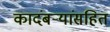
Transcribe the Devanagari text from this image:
कादंबर्‍यांसहित